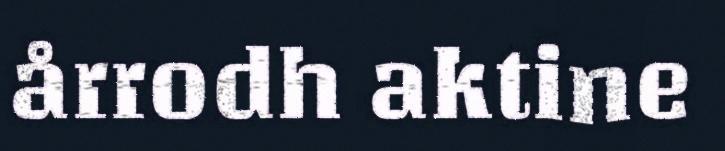
årrodh aktine